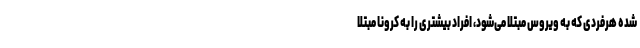
شده هرفردی که به ویروس مبتلا می‌شود، افراد بیشتری را به کرونا مبتلا